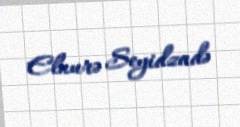
Elnurə Seyidzadə